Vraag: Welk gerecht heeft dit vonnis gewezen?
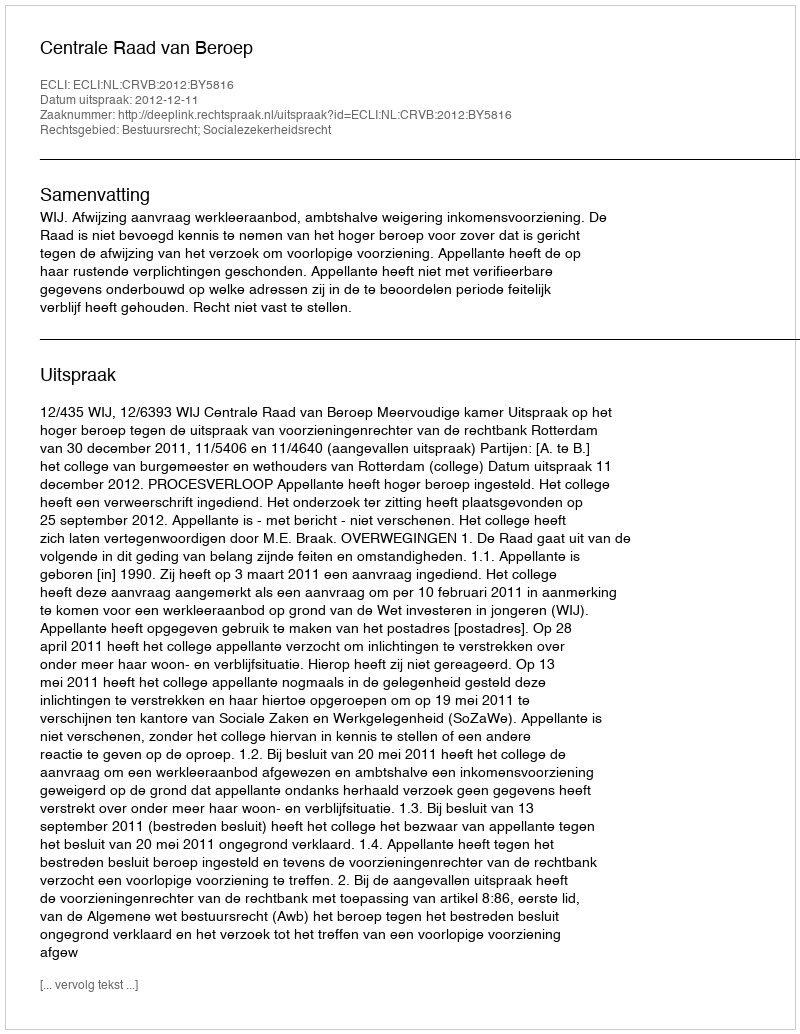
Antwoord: Centrale Raad van Beroep